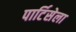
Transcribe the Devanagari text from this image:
पार्टिसेला